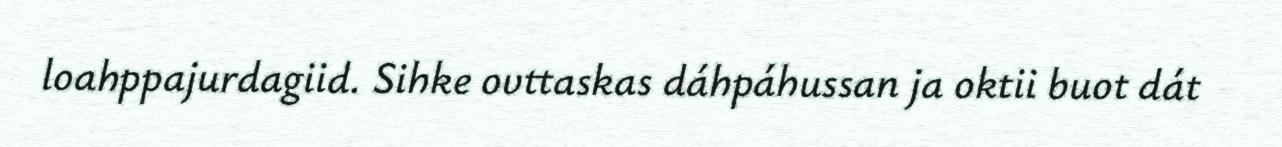
loahppajurdagiid. Sihke ovttaskas dáhpáhussan ja oktii buot dát